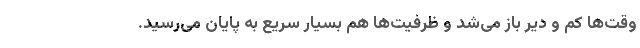
وقت‌ها کم و دیر باز می‌شد و ظرفیت‌ها هم بسیار سریع به پایان می‌رسید.